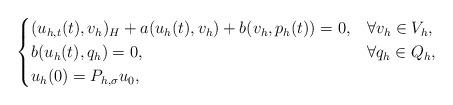
LaTeX: \begin{align*}\begin{cases}(u_{h,t}(t), v_h)_H + a(u_h(t),v_h) + b(v_h, p_h(t)) = 0, & \forall v_h \in V_h, \\b(u_h(t), q_h) = 0, & \forall q_h \in Q_h, \\u_h(0) = P_{h,\sigma} u_0,\end{cases}\end{align*}